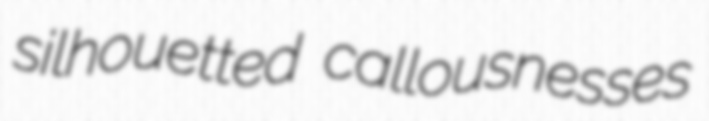
silhouetted callousnesses